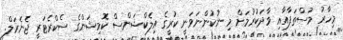
މިހާރު މުސްތަފާއާއި ވާދަކުރުމަށް މި ނުކުންނަވަނީ ކުރީގެ އިލެކްޝަންސް ކޮމިޝަންގެ ސެކްރެޓަރީ ޖެނެރަލް.